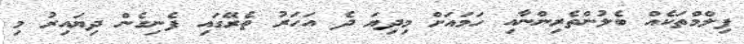
ފިލްމްތަކެއް ބެލުންތެރިންނާއި ހަަމައަށް މިދިޔަ ދެ އަހަރު ތެރޭގައި ފެނިގެން ދިޔައިރު މި